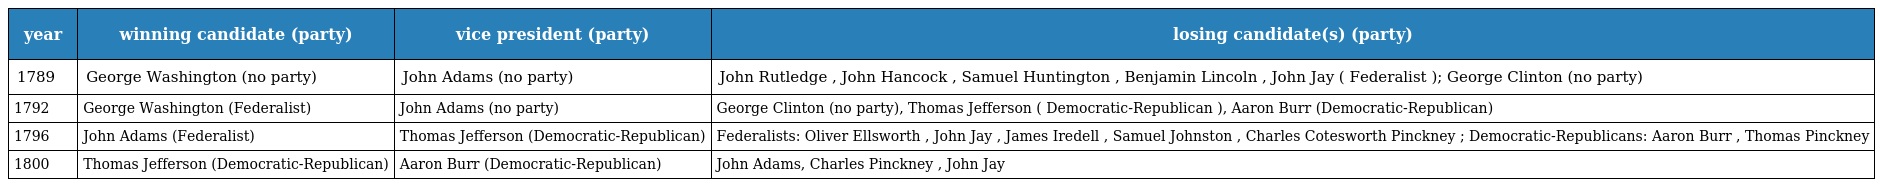
| year | winning candidate (party) | vice president (party) | losing candidate(s) (party) |
 | --- | --- | --- | --- |
 | 1789 | George Washington (no party) | John Adams (no party) | John Rutledge , John Hancock , Samuel Huntington , Benjamin Lincoln , John Jay ( Federalist ); George Clinton (no party) |
 | 1792 | George Washington (Federalist) | John Adams (no party) | George Clinton (no party), Thomas Jefferson ( Democratic-Republican ), Aaron Burr (Democratic-Republican) |
 | 1796 | John Adams (Federalist) | Thomas Jefferson (Democratic-Republican) | Federalists: Oliver Ellsworth , John Jay , James Iredell , Samuel Johnston , Charles Cotesworth Pinckney ; Democratic-Republicans: Aaron Burr , Thomas Pinckney |
 | 1800 | Thomas Jefferson (Democratic-Republican) | Aaron Burr (Democratic-Republican) | John Adams, Charles Pinckney , John Jay |